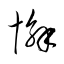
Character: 懈